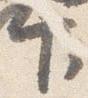
下